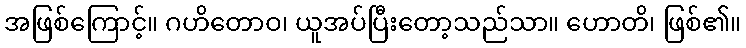
အဖြစ်ကြောင့်။ ဂဟိတောဝ၊ ယူအပ်ပြီးတော့သည်သာ။ ဟောတိ၊ ဖြစ်၏။